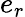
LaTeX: e_{r}